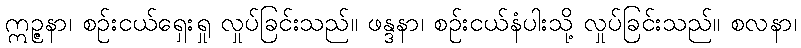
ဣဉ္ဇနာ၊ စဉ်းငယ်ရှေးရှု လှုပ်ခြင်းသည်။ ဖန္ဒနာ၊ စဉ်းငယ်နံပါးသို့ လှုပ်ခြင်းသည်။ စလနာ၊